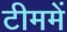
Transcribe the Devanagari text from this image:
टीममें